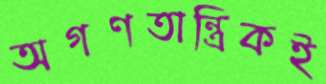
অগণতান্ত্রিকই